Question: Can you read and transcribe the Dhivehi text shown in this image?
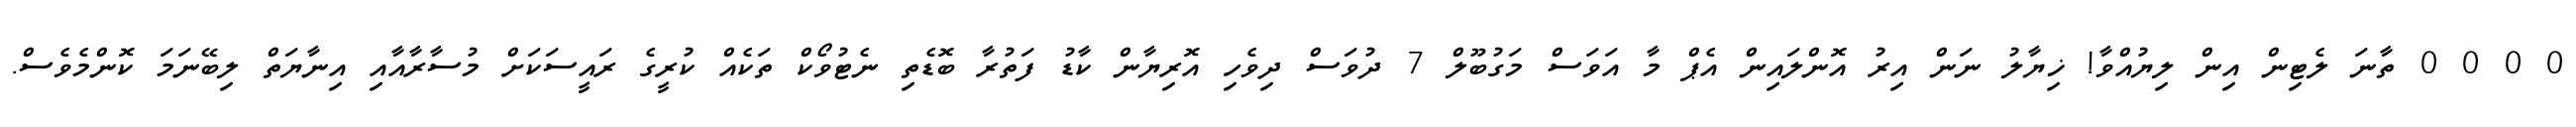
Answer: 0 0 0 0 ތާނަ ލެޓިން އިން ލިޔުއްވާ! ޚިޔާލު ނަން އިރު އޮންލައިން އެޕް މާ އަވަސް މަގުބޫލް 7 ދުވަސް ދިވެހި އޮރިޔާން ކާޑު ފަތުރާ ބޮޑެތި ނެޓުވޯކް ތަކެއް ކުރީގެ ރައީސަކަށް މުސާރާއާއި އިނާޔަތް ލިބޭނަމަ ކޮންމެވެސް.